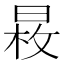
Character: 𣈕